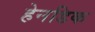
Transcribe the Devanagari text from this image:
हेनडिक